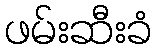
ဖမ်းဆီးခံ